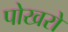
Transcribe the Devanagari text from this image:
पोखरो